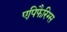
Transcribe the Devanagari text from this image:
एपिफैरिग्स